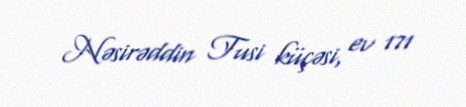
Nəsirəddin Tusi küçəsi, ev 171